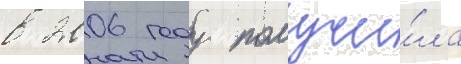
в 2006 году получи́ла